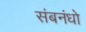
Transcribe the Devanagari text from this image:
संबनंधो